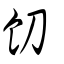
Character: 䬢